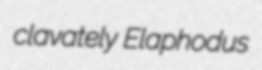
clavately Elaphodus